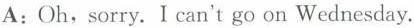
A: Oh,sorry. I can't go on Wednesday.